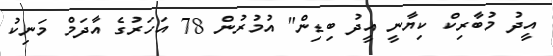
އީދު މުބާރިކް ކިޔާނީ އީދު ބިޑިން" އުމުރުން 78 އަހަރުގެ އާދަމް މަނިކު